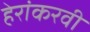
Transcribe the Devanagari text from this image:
हेरांकरवी